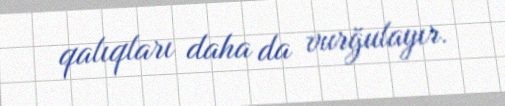
qalıqları daha da vurğulayır.